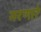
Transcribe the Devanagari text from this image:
मरणारे